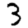
Digit: 3